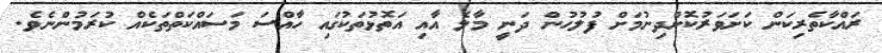
ރައްކާތެރިކަން ކަށަވަރުކޮށްދިނުމަށް ފުލުހުން ދަނީ މާލެ އާއި އަތޮޅުތަކުގައި ހާއްސަ މަސައްކަތްތަކެއް ކުރަމުންނެވެ.